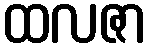
ထလဇာ